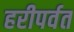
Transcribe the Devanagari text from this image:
हरीपर्वत